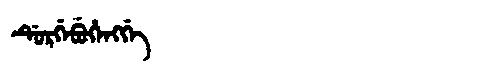
Manchu: ᡩᡠᡵᡤᡝᠪᡠᡥᡝᠩᡤᡝ
Romanization: DURGEBUHENGGE